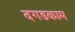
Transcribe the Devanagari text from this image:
दगडकाम